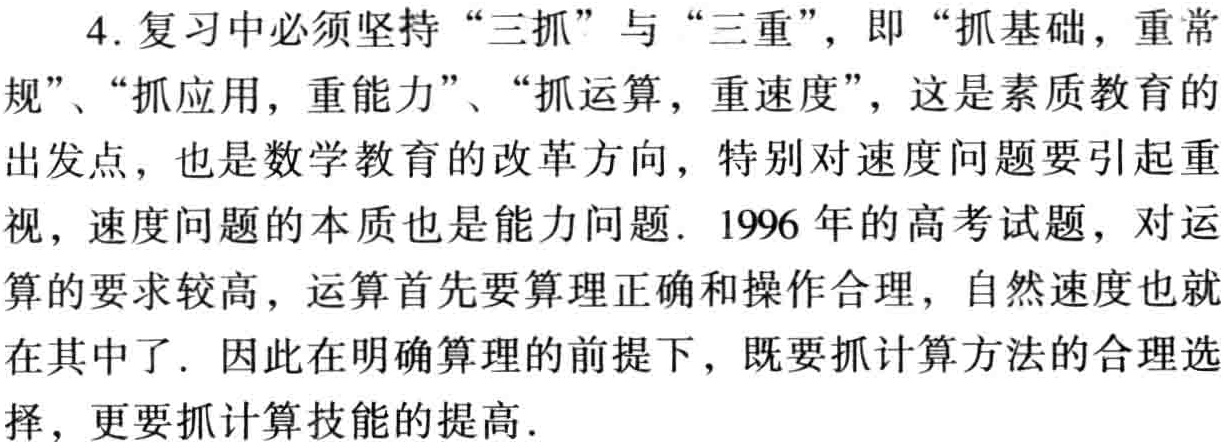
4. 复习中必须坚持 “三抓” 与 “三重”，即 “抓基础，重常规”、“抓应用，重能力”、“抓运算，重速度”，这是素质教育的出发点，也是数学教育的改革方向，特别对速度问题要引起重视，速度问题的本质也是能力问题. 1996 年的高考试题，对运算的要求较高，运算首先要算理正确和操作合理，自然速度也就在其中了. 因此在明确算理的前提下，既要抓计算方法的合理选择，更要抓计算技能的提高.